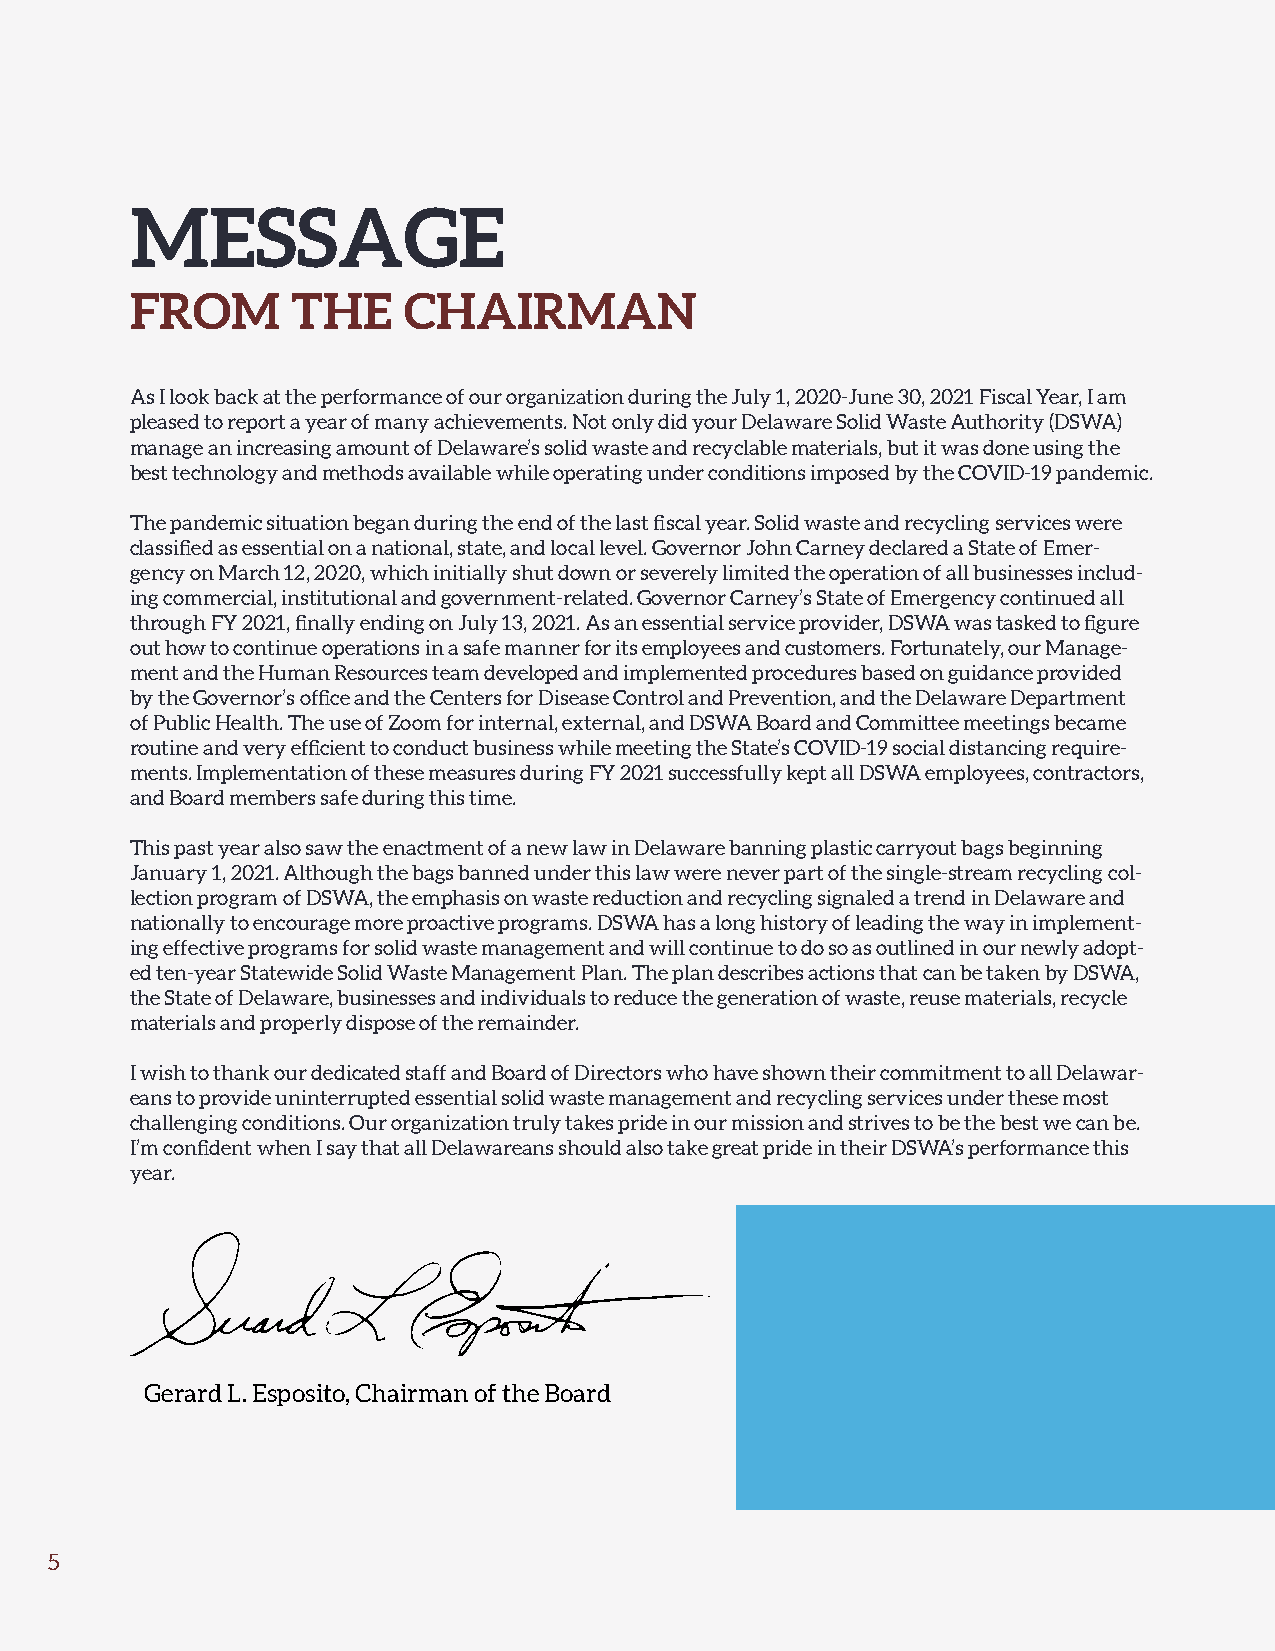
MESSAGE
 FROM      THE     CHAIRMAN
 As I look back at the performance of our organization during the July 1, 2020-June 30, 2021 Fiscal Year, I am
 pleased to report a year of many achievements. Not only did your Delaware Solid Waste Authority (DSWA)
 manage an increasing amount of Delaware’s solid waste and recyclable materials, but it was done using the
 best technology and methods available while operating under conditions imposed by the COVID-19 pandemic.
 The pandemic situation began during the end of the last fiscal year. Solid waste and recycling services were
 classified as essential on a national, state, and local level. Governor John Carney declared a State of Emer-
 gency on March 12, 2020, which initially shut down or severely limited the operation of all businesses includ-
 ing commercial, institutional and government-related. Governor Carney’s State of Emergency continued all
 through FY 2021, finally ending on July 13, 2021. As an essential service provider, DSWA was tasked to figure
 out how to continue operations in a safe manner for its employees and customers. Fortunately, our Manage-
 ment and the Human Resources team developed and implemented procedures based on guidance provided
 by the Governor’s office and the Centers for Disease Control and Prevention, and the Delaware Department
 of Public Health. The use of Zoom for internal, external, and DSWA Board and Committee meetings became
 routine and very efficient to conduct business while meeting the State’s COVID-19 social distancing require-
 ments. Implementation of these measures during FY 2021 successfully kept all DSWA employees, contractors,
 and Board members safe during this time.
 This past year also saw the enactment of a new law in Delaware banning plastic carryout bags beginning
 January 1, 2021. Although the bags banned under this law were never part of the single-stream recycling col-
 lection program of DSWA, the emphasis on waste reduction and recycling signaled a trend in Delaware and
 nationally to encourage more proactive programs. DSWA has a long history of leading the way in implement-
 ing effective programs for solid waste management and will continue to do so as outlined in our newly adopt-
 ed ten-year Statewide Solid Waste Management Plan. The plan describes actions that can be taken by DSWA,
 the State of Delaware, businesses and individuals to reduce the generation of waste, reuse materials, recycle
 materials and properly dispose of the remainder.
 I wish to thank our dedicated staff and Board of Directors who have shown their commitment to all Delawar-
 eans to provide uninterrupted essential solid waste management and recycling services under these most
 challenging conditions. Our organization truly takes pride in our mission and strives to be the best we can be.
 I’m confident when I say that all Delawareans should also take great pride in their DSWA’s performance this
 year.
 Gerard L. Esposito, Chairman of the Board
 5